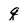
Character: q